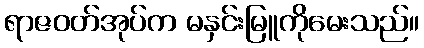
ရာဇဝတ်အုပ်က မနှင်းမြူကိုမေးသည်။